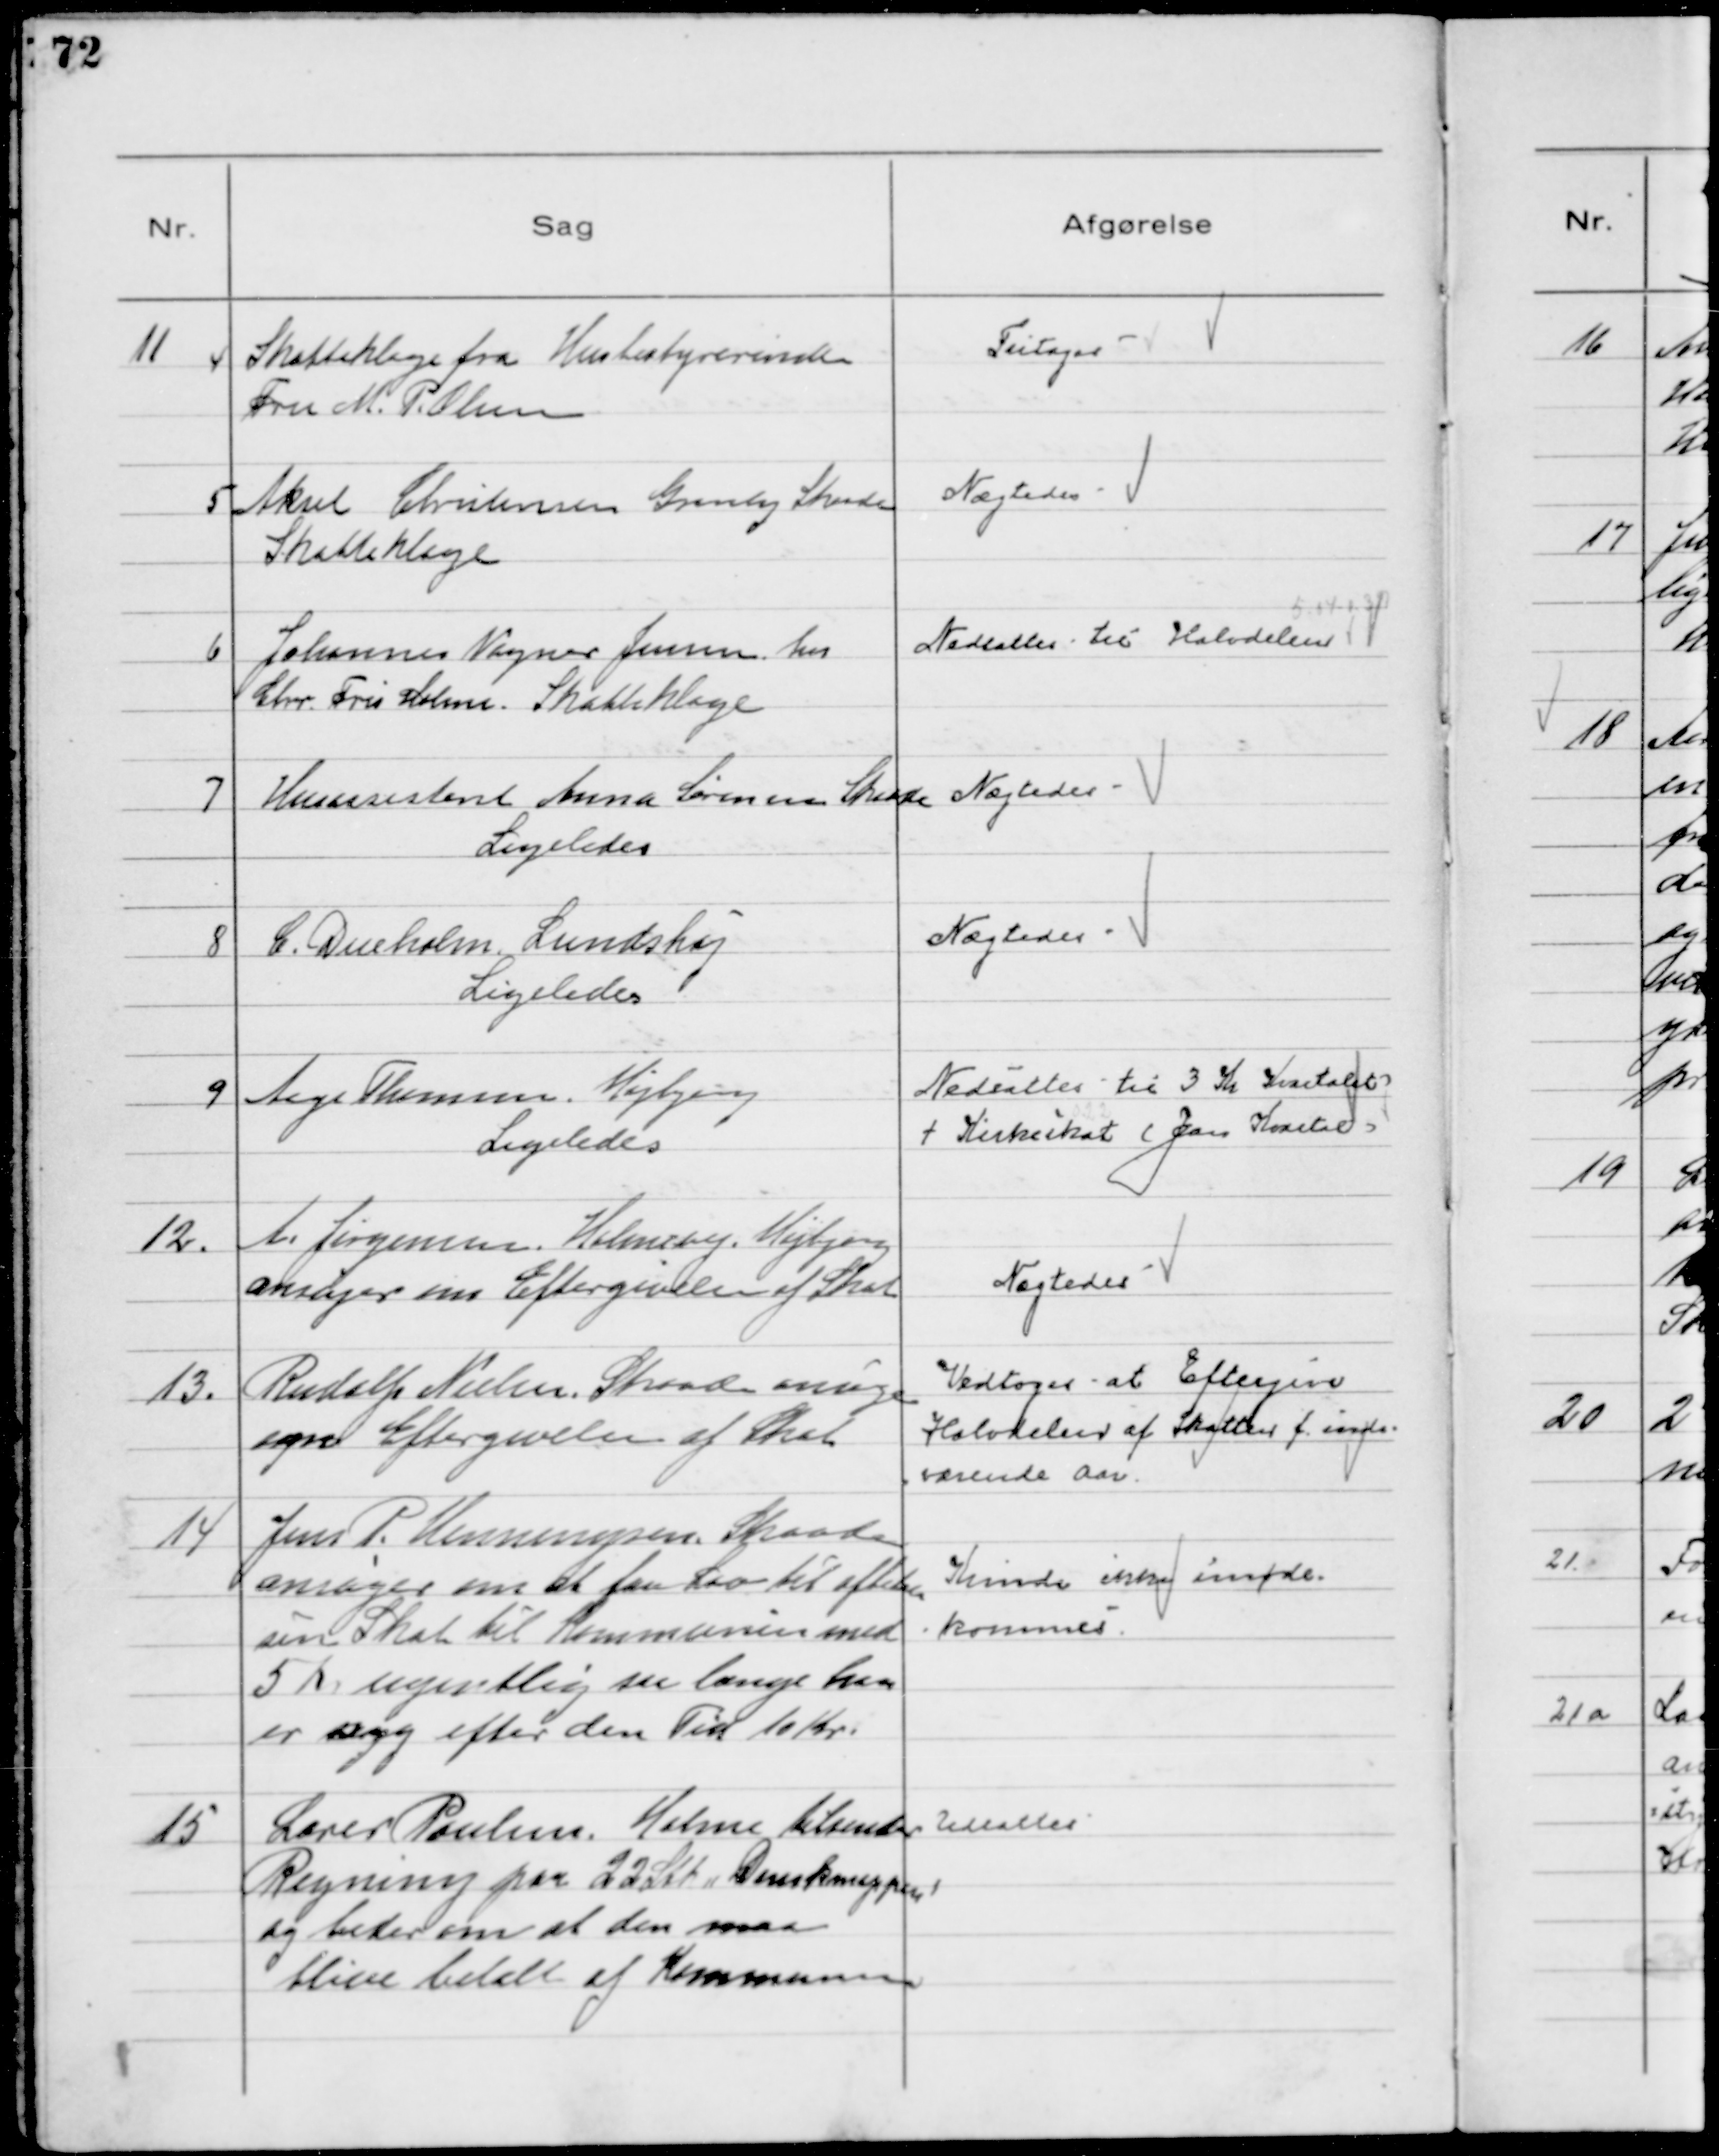
Transskription:
11
4
Skatteklage fra Husbestyrerinde
Fru M. P. Olsen

Fritages

5
Aksel Christensen Granly Skaade
Skatteklage

Nægtedes

6
Johannes Wagner Jensen hos
Chr. Fris Holme. Skatteklage

Nedsattes til Halvdelen
5.04 - 0. 39

7
Husassistent Anna Sørensen Skaade
Ligeledes

Nægtedes

8
C. Dueholm Lundshøj
Ligeledes

Nægtedes

9
Aage Thomsen, Højbjerg
Ligeledes

Nedsattes til 3 Kr Kvartalet
+ Kirkeskat (Jan Kvartal)

12
A. Jørgensen, Holmevej, Højbjerg
ansøger om Eftergivelse af Skat

Nægtedes

13.
Rudolf Nielsen, Skaade ansøger
om Eftergivelse af Skat

Vedtoges at Eftergive
Halvdelen af Skatten f. inde-
værende Aar.

14
Jens P. Henningsen, Skaade
ansøger om at faa Lov til afbetale
sin Skat til Kommunen med
5 Kr ugentlig saa længe han
er syg efter den Tid 10 Kr.

Kunde ikke imøde-
kommes

15
Lærer Poulsen Holme tilsender
Regning paa 22 Stk "Dknapper"
og beder om at den maa
blive betalt af Kommunen

Udsattes